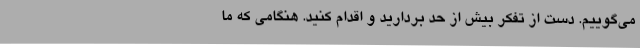
می‌گوییم. دست از تفکر بیش از حد بردارید و اقدام کنید. هنگامی که ما